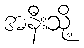
အနီးသို့